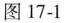
图17-1